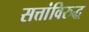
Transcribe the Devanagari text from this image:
सत्तांविरुद्ध